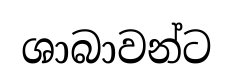
ශාබාවන්ට